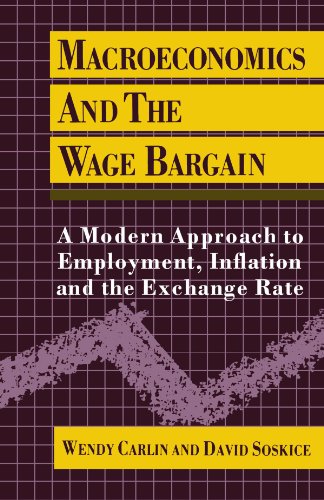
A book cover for Macroeconomics and the Wage Bargain: A Modern Approach to Employment, Inflation, and the Exchange Rate; Wendy Carlin; Business & Money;